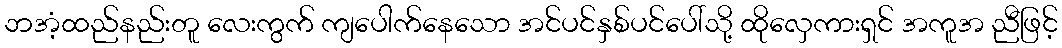
ဘအံ့ထည်နည်းတူ လေးကွက် ကျပေါက်နေသော အင်ပင်နှစ်ပင်ပေါ်သို့ ထိုလှေကားရှင် အကူအ ညီဖြင့်